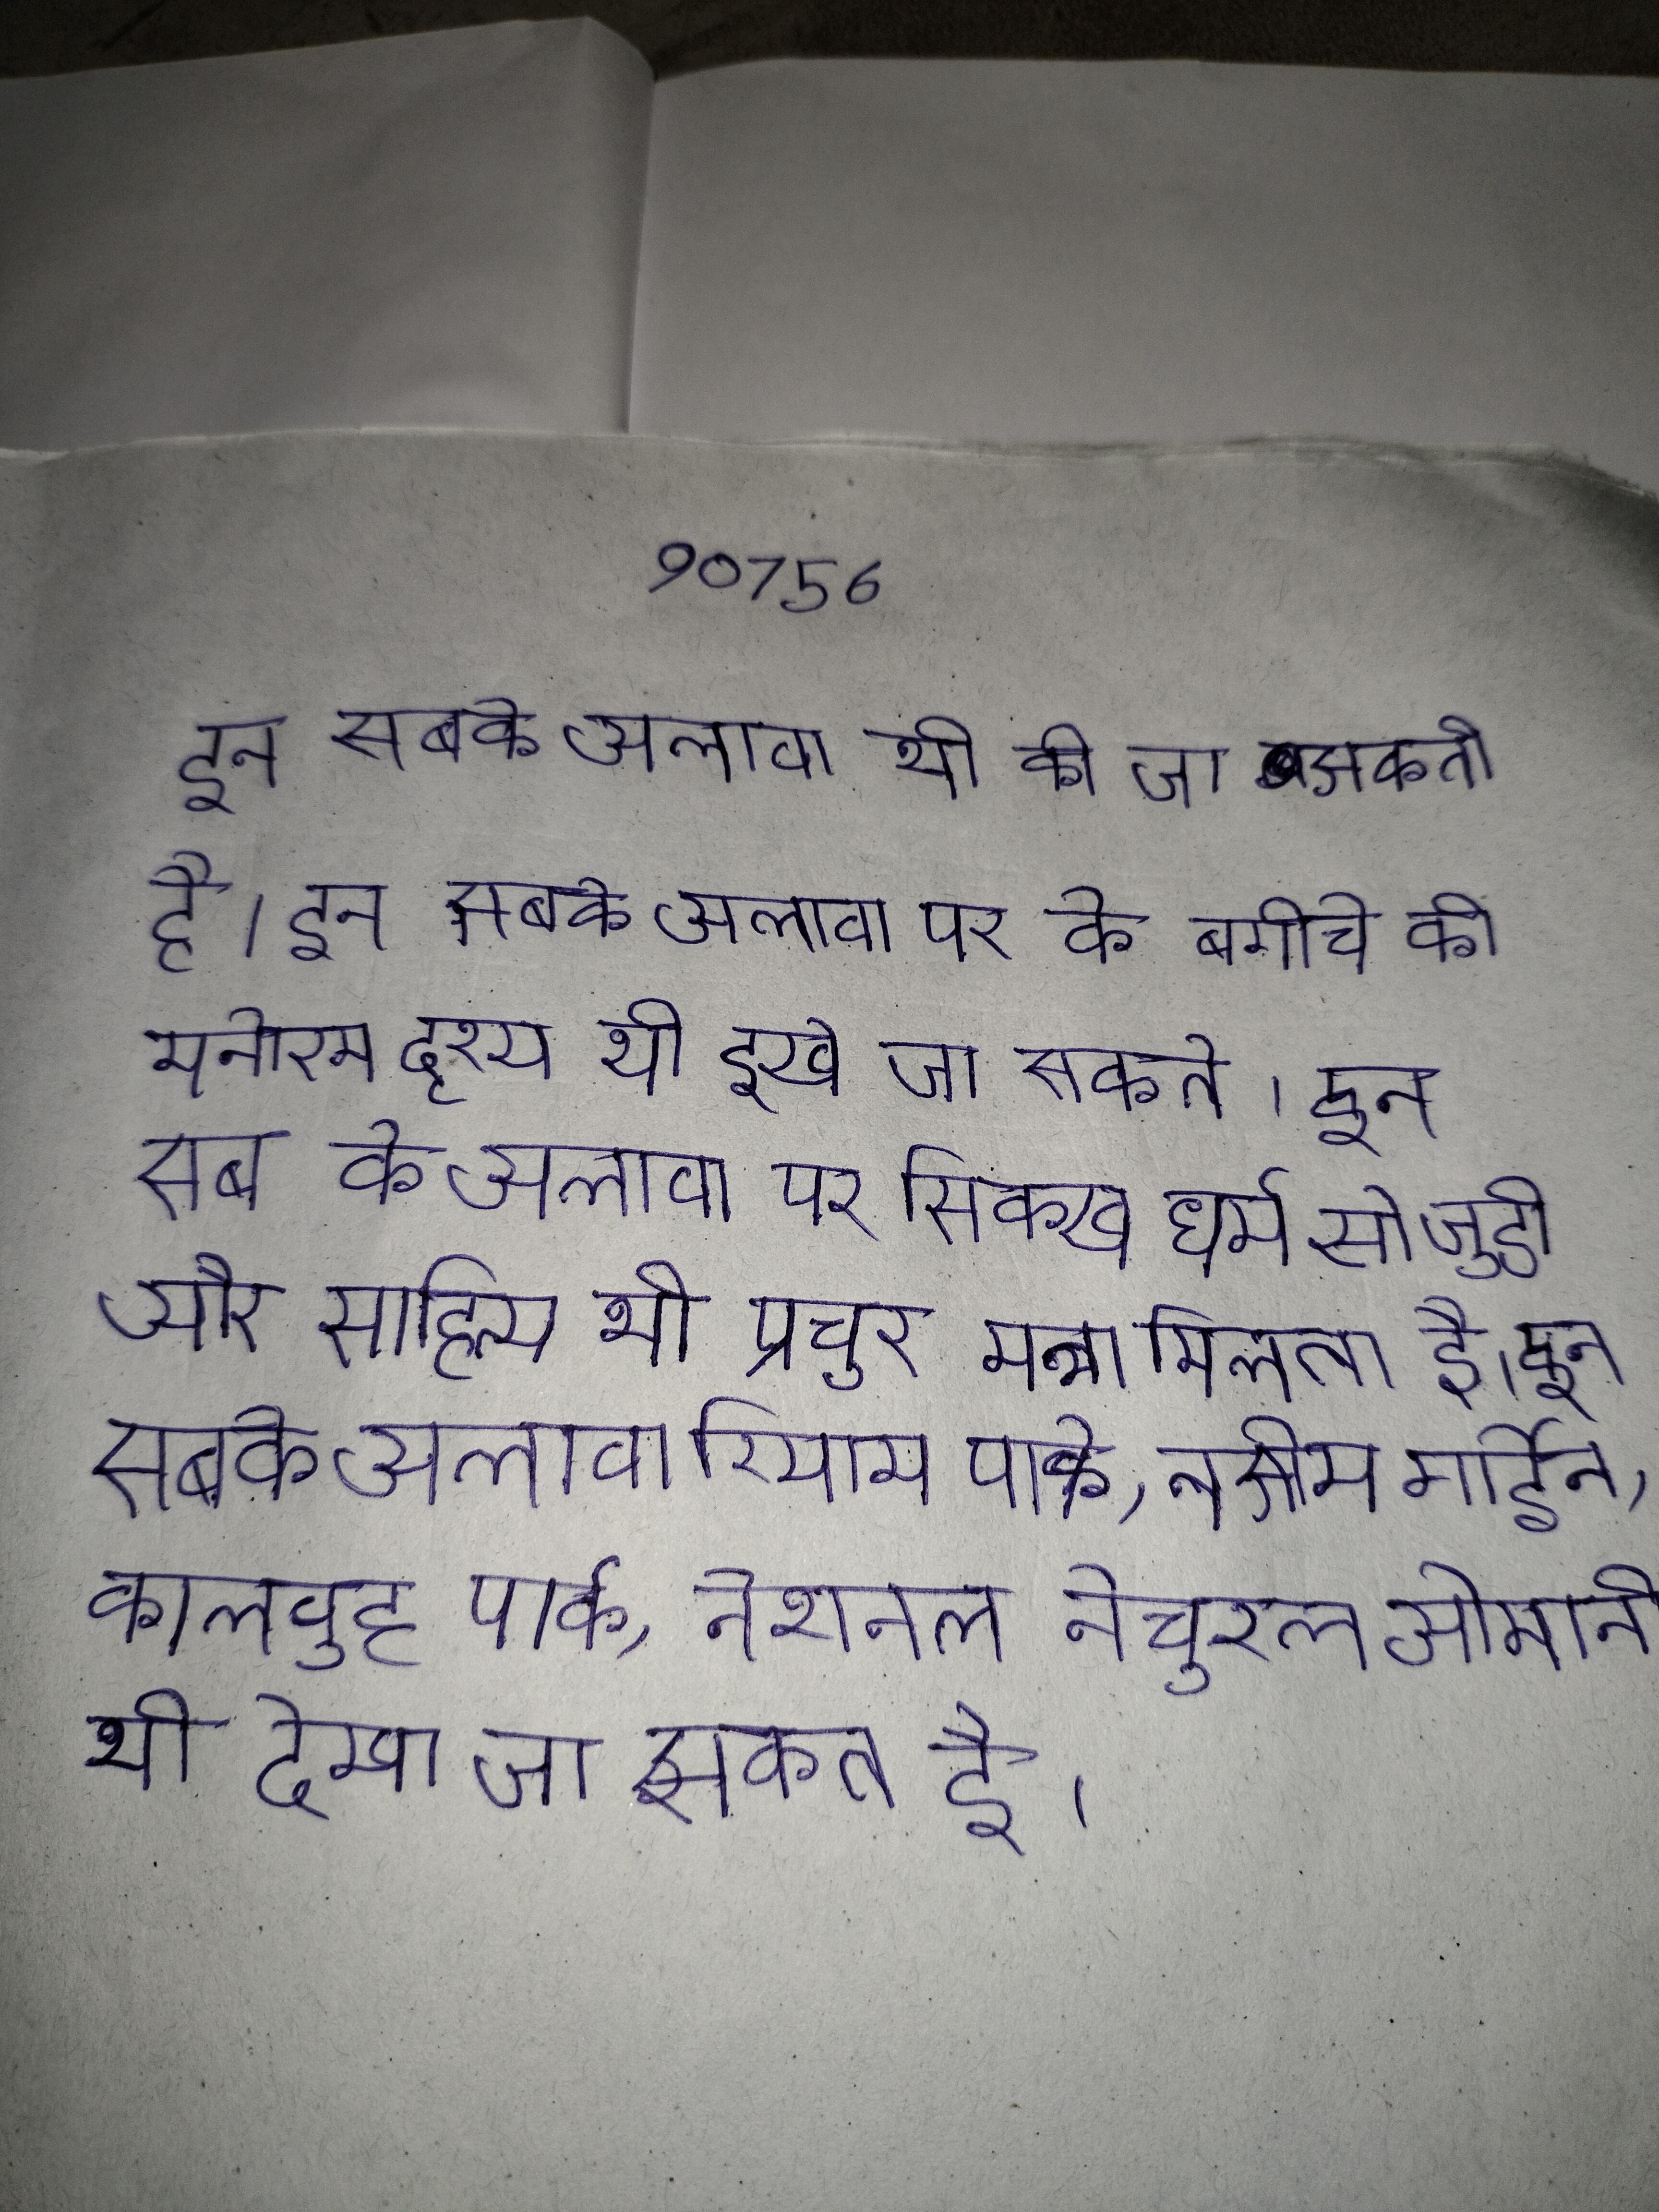
इन सबके अलावा भी की जा सकती है । इन सबके अलावा पर के बगीचे के मनोरम दृश्य भी देखे जा सकते । इन सब के अलावा पर सिक्ख धर्म से जुडी और साहित्य भी प्रचुर मात्रा मिलता है । इन सबके अलावा रियाम पार्क, नसीम गार्डेन, कालबुह पार्क, नेशनल नेचुरल ओमानी भी देखा जा सकता है ।